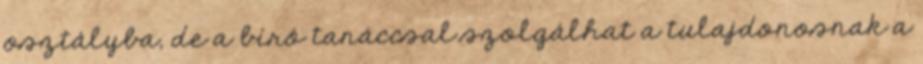
osztályba, de a bíró tanáccsal szolgálhat a tulajdonosnak a